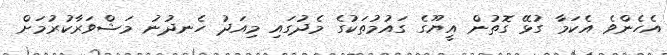
އެހެންވެ އެކަމާ ގުޅޭ ގޮތުން އީޔޫގެ ގައުމުތަކުގެ މެދުގައި މިއަދު ހެނދުނު މަޝްވަރާކުރުމަށް